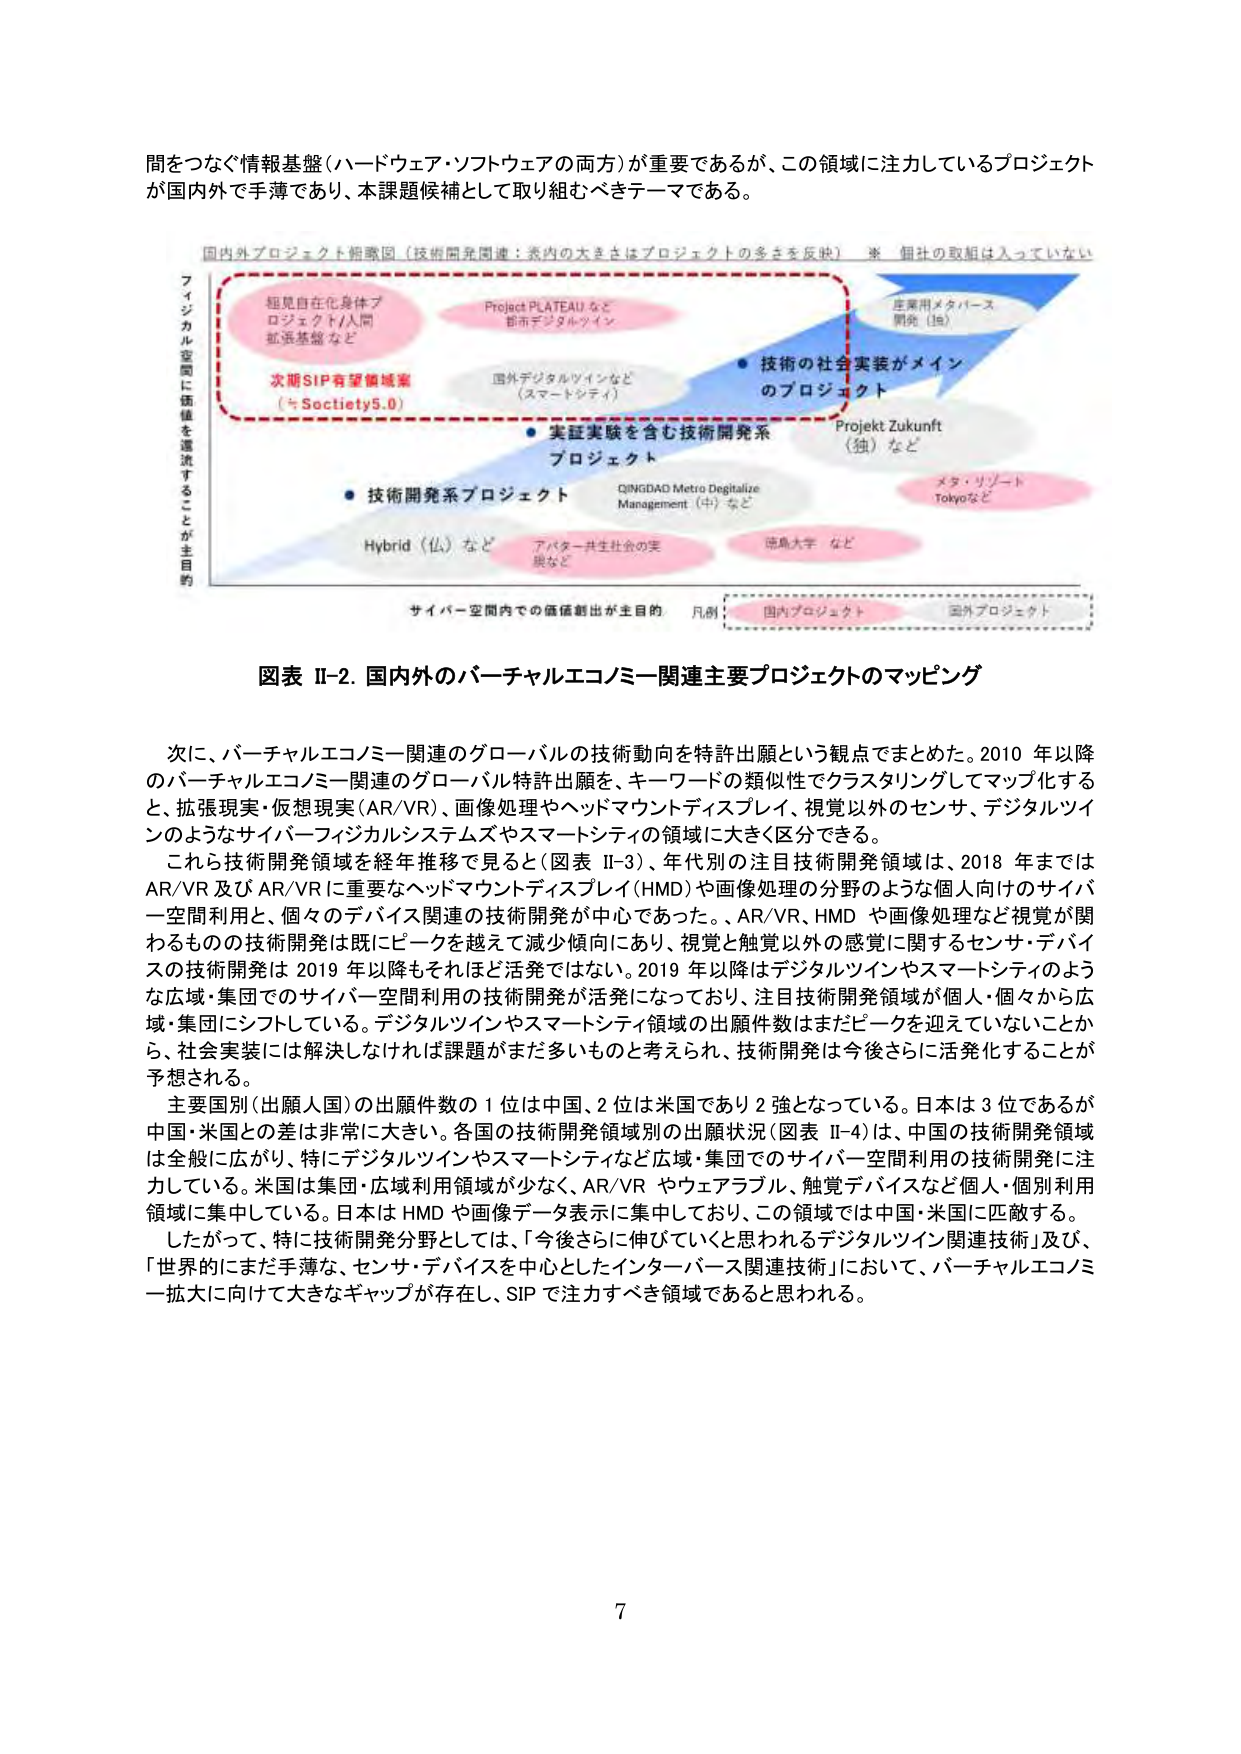
問をつなぐ情報基盤（ハードウェア・ソフトウェアの両方）が重要であるが、この領域に注力しているプロジェクトが国内外で手薄であり、本課題候補として取り組むべきテーマである。

国内外プロジェクト俯瞰図（技術開発関連：表内の大きさはプロジェクトの多さを反映）※ 個社の取組は入っていない

フィジカル空間に価値を還流することが主目的

短見自在化身体プロジェクト/人間拡張基盤など

Project PLATEAU など都市デジタルツイン

次期SIP有望領域案（≒Society5.0）

国外デジタルツインなど（スマートシティ）

技術の社会実装がメインのプロジェクト

Projekt Zukunft（独）など

実証実験を含む技術開発系プロジェクト

技術開発系プロジェクト

Hybrid（仏）など

アバター共生社会の実現など

QINGDAO Metro Digitalize Management（中）など

徳島大学 など

メタ・リゾート Tokyoなど

サイバー空間内での価値創出が主目的

凡例： 国内プロジェクト 国外プロジェクト

図表 II-2. 国内外のバーチャルエコノミー関連主要プロジェクトのマッピング

次に、バーチャルエコノミー関連のグローバルの技術動向を特許出願という観点でまとめた。2010 年以降のバーチャルエコノミー関連のグローバル特許出願を、キーワードの類似性でクラスタリングしてマップ化すると、拡張現実・仮想現実（AR/VR）、画像処理やヘッドマウントディスプレイ、視覚以外のセンサ、デジタルツインのようなサイバーフィジカルシステムズやスマートシティの領域に大きく区分できる。

これら技術開発領域を経年推移で見ると（図表 II-3）、年代別の注目技術開発領域は、2018 年までは AR/VR 及び AR/VR に重要なヘッドマウントディスプレイ（HMD）や画像処理の分野のような個人向けのサイバー空間利用と、個々のデバイス関連の技術開発が中心であった。AR/VR、HMD や画像処理など視覚が関わるもの の技術開発は既にピークを越えて減少傾向にあり、視覚と触覚以外の感覚に関するセンサ・デバイスの技術開発は 2019 年以降もそれほど活発ではない。2019 年以降はデジタルツインやスマートシティのような広域・集団でのサイバー空間利用の技術開発が活発になっており、注目技術開発領域が個人・個々から広域・集団にシフトしている。デジタルツインやスマートシティ領域の出願件数はまだピークを迎えていないことから、社会実装には解決しなければ課題がまだ多いものと考えられ、技術開発は今後さらに活発化することが予想される。

主要国別（出願人国）の出願件数の 1 位は中国、2 位は米国であり 2 強となっている。日本は 3 位であるが中国・米国との差は非常に大きい。各国の技術開発領域別の出願状況（図表 II-4）は、中国の技術開発領域は全般に広がり、特にデジタルツインやスマートシティなど広域・集団でのサイバー空間利用の技術開発に注力している。米国は集団・広域利用領域が少なく、AR/VR やウェアラブル、触覚デバイスなど個人・個別利用領域に集中している。日本は HMD や画像データ表示に集中しており、この領域では中国・米国に匹敵する。

したがって、特に技術開発分野としては、「今後さらに伸びていくと思われるデジタルツイン関連技術」及び、「世界的にまだ手薄な、センサ・デバイスを中心としたインターバース関連技術」において、バーチャルエコノミー拡大に向けて大きなギャップが存在し、SIP で注力すべき領域であると思われる。

7